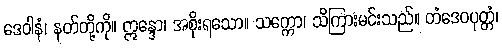
ဒေဝါနံ၊ နတ်တို့ကို။ ဣန္ဒော၊ အစိုးရသော။ သက္ကော၊ သိကြားမင်းသည်။ တံဒေဝပုတ္တံ၊